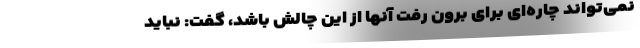
نمی‌تواند چاره‌ای برای برون رفت آنها از این چالش باشد، گفت: نباید